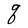
Character: q